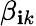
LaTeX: \beta_{\mathbf{i}k}